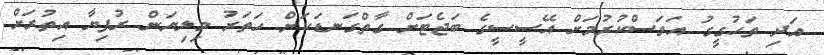
އަދި ތަހުގީގު އަވަސްކުރުމަށް އޭސީސީގެ ބަޖެޓަށް ގާތްްގަނޑަކަށް ހަަތަރު މިލިޔަން ރުފިޔާ އިތުރަށް